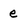
Character: e